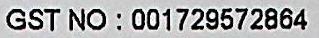
GST NO: 001729572864